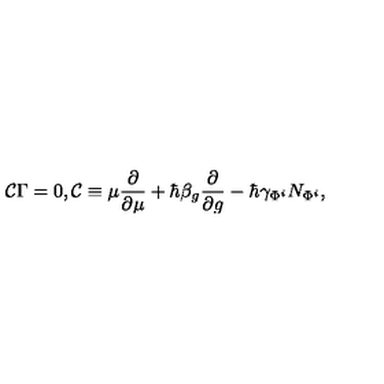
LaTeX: { \cal C } \Gamma = 0 , { \cal C } \equiv \mu \frac \partial { \partial \mu } + \hbar \beta _ { g } \frac \partial { \partial g } - \hbar \gamma _ { \Phi ^ { i } } N _ { \Phi ^ { i } } ,